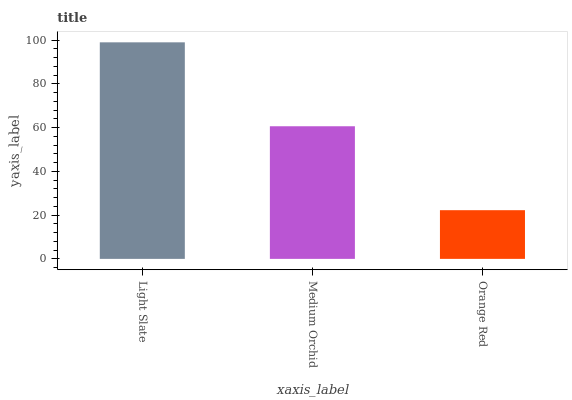
| xaxis_label | bars |
 | --- | --- |
 | Light Slate | 99 |
 | Medium Orchid | 60.6 |
 | Orange Red | 22.3 |